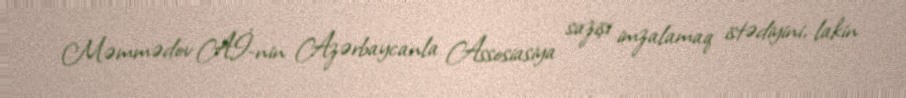
Məmmədov Aİ-nin Azərbaycanla Assosiasiya sazişi imzalamaq istədiyini, lakin